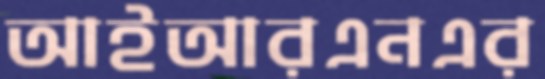
আইআরএনএর